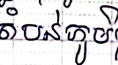
តំបន់ភូមី